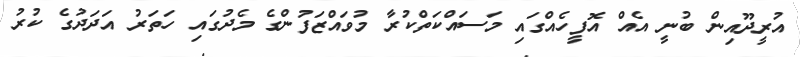
އުރީދޫއިން ބުނީ އެއް އޮފީހެއްގައި މަސައްކަތްކުރާ މުވައްޒަފުންގެ މެދުގައި ހަތަރު އަދަދުގެ ކުރު